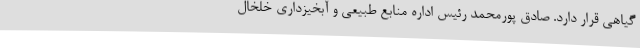
گیاهی قرار دارد. صادق پورمحمد رئیس اداره منابع طبیعی و آبخیزداری خلخال